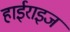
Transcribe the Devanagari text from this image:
हाईराइज